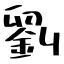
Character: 劉